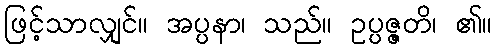
ဖြင့်သာလျှင်။ အပ္ပနာ၊ သည်။ ဥပ္ပဇ္ဇတိ၊ ၏။